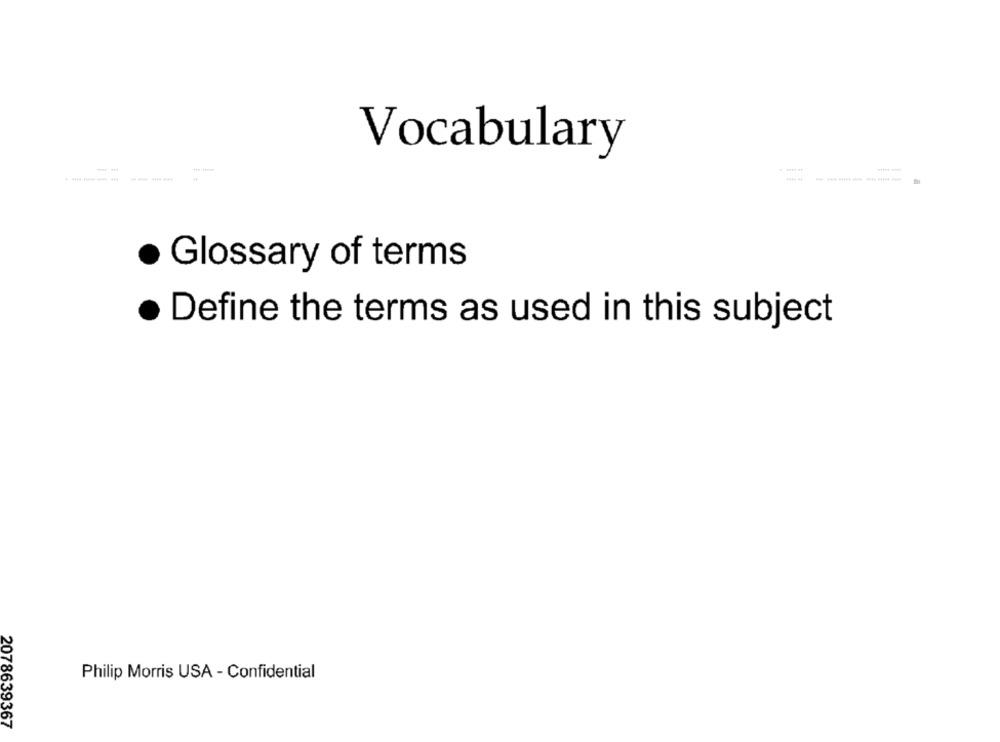
Vocabulary
Glossary of terms
Define the terms as used in this subject
Philip Morris USA - Confidential
2078639367